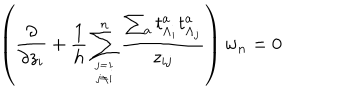
\left( { \frac { \partial } { \partial z _ { i } } } + { \frac { 1 } { h } } \sum _ { j = 1 \atop j \not = i } ^ { n } { \frac { \sum _ { a } t _ { \Lambda _ { i } } ^ { a } t _ { \Lambda _ { j } } ^ { a } } { z _ { i j } } } \right) w _ { n } = 0 \